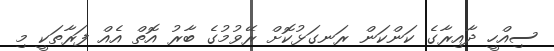
ސިއްހީ ދާއިރާގެ ކަންކަން ރަނގަޅުކޮށް ރޭވުމުގެ ބާރު އޮތް އެއް ފަރާތަކީ މި